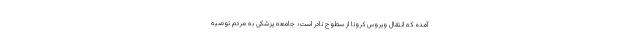
آمده که انتقال ویروس کرونا از سطوح نادر است؛ جامعه پزشکی به مردم توصیه